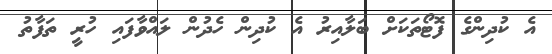
އެ ކުދިންގެ ފޮޓޯތަކަށް ބަލާއިރު އެ ކުދިން ހެދުން ލައްވާފައި ހުރީ ތަފާތު